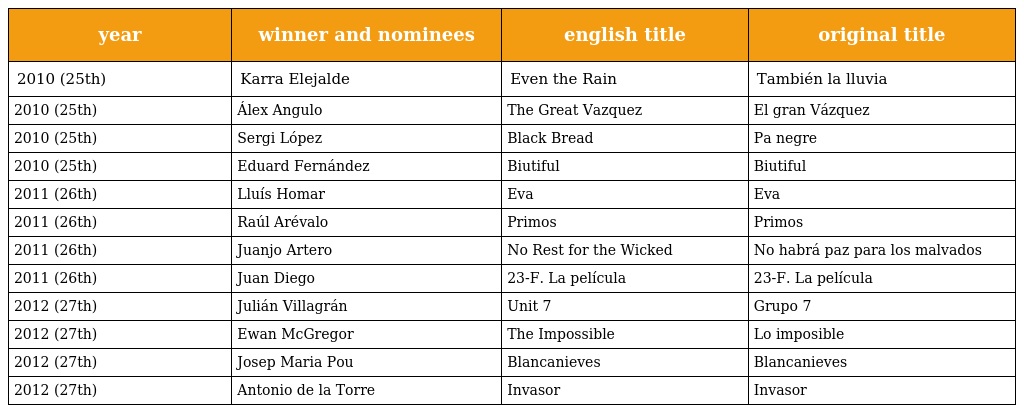
| year | winner and nominees | english title | original title |
 | --- | --- | --- | --- |
 | 2010 (25th) | Karra Elejalde | Even the Rain | También la lluvia |
 | 2010 (25th) | Álex Angulo | The Great Vazquez | El gran Vázquez |
 | 2010 (25th) | Sergi López | Black Bread | Pa negre |
 | 2010 (25th) | Eduard Fernández | Biutiful | Biutiful |
 | 2011 (26th) | Lluís Homar | Eva | Eva |
 | 2011 (26th) | Raúl Arévalo | Primos | Primos |
 | 2011 (26th) | Juanjo Artero | No Rest for the Wicked | No habrá paz para los malvados |
 | 2011 (26th) | Juan Diego | 23-F. La película | 23-F. La película |
 | 2012 (27th) | Julián Villagrán | Unit 7 | Grupo 7 |
 | 2012 (27th) | Ewan McGregor | The Impossible | Lo imposible |
 | 2012 (27th) | Josep Maria Pou | Blancanieves | Blancanieves |
 | 2012 (27th) | Antonio de la Torre | Invasor | Invasor |